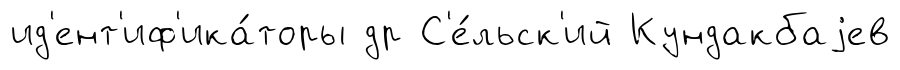
ид'ент'иф'ика́торы др С'е́льск'ий Кундакбаjев